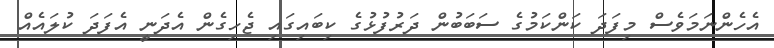
އެހެންނަމަވެސް މިފަދަ ކަންކަމުގެ ސަބަބުން ދަރުފުޅުގެ ކިބައިގައި ޖެހިގެން އެދަނީ އެފަދަ ކުލައެއް